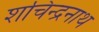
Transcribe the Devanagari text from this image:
शचिन्द्रनाथ